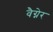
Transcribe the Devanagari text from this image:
वैग्नेर